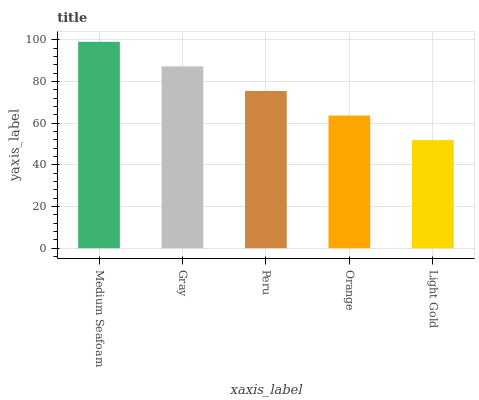
| xaxis_label | bars |
 | --- | --- |
 | Medium Seafoam | 99 |
 | Gray | 87.2 |
 | Peru | 75.4 |
 | Orange | 63.6 |
 | Light Gold | 51.8 |